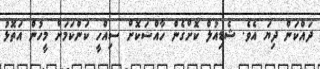
ދައްކަން ދިޔަ އެވެ. ޝެޑިއުލް ކޮށްގެން ހާއްސަކޮށް ސިއްހީ ކަންކަމަށް މީހުން އަތޮޅު